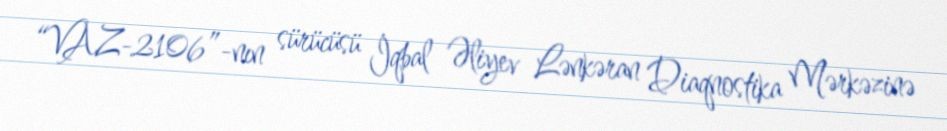
“VAZ-2106”-nın sürücüsü İqbal Əliyev Lənkəran Diaqnostika Mərkəzinə